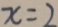
x = 2